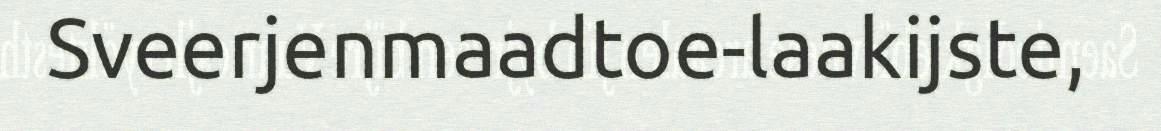
Sveerjenmaadtoe-laakijste,